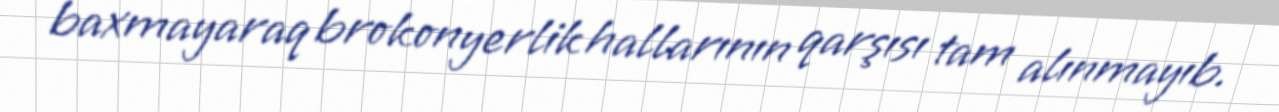
baxmayaraq brokonyerlik hallarının qarşısı tam alınmayıb.